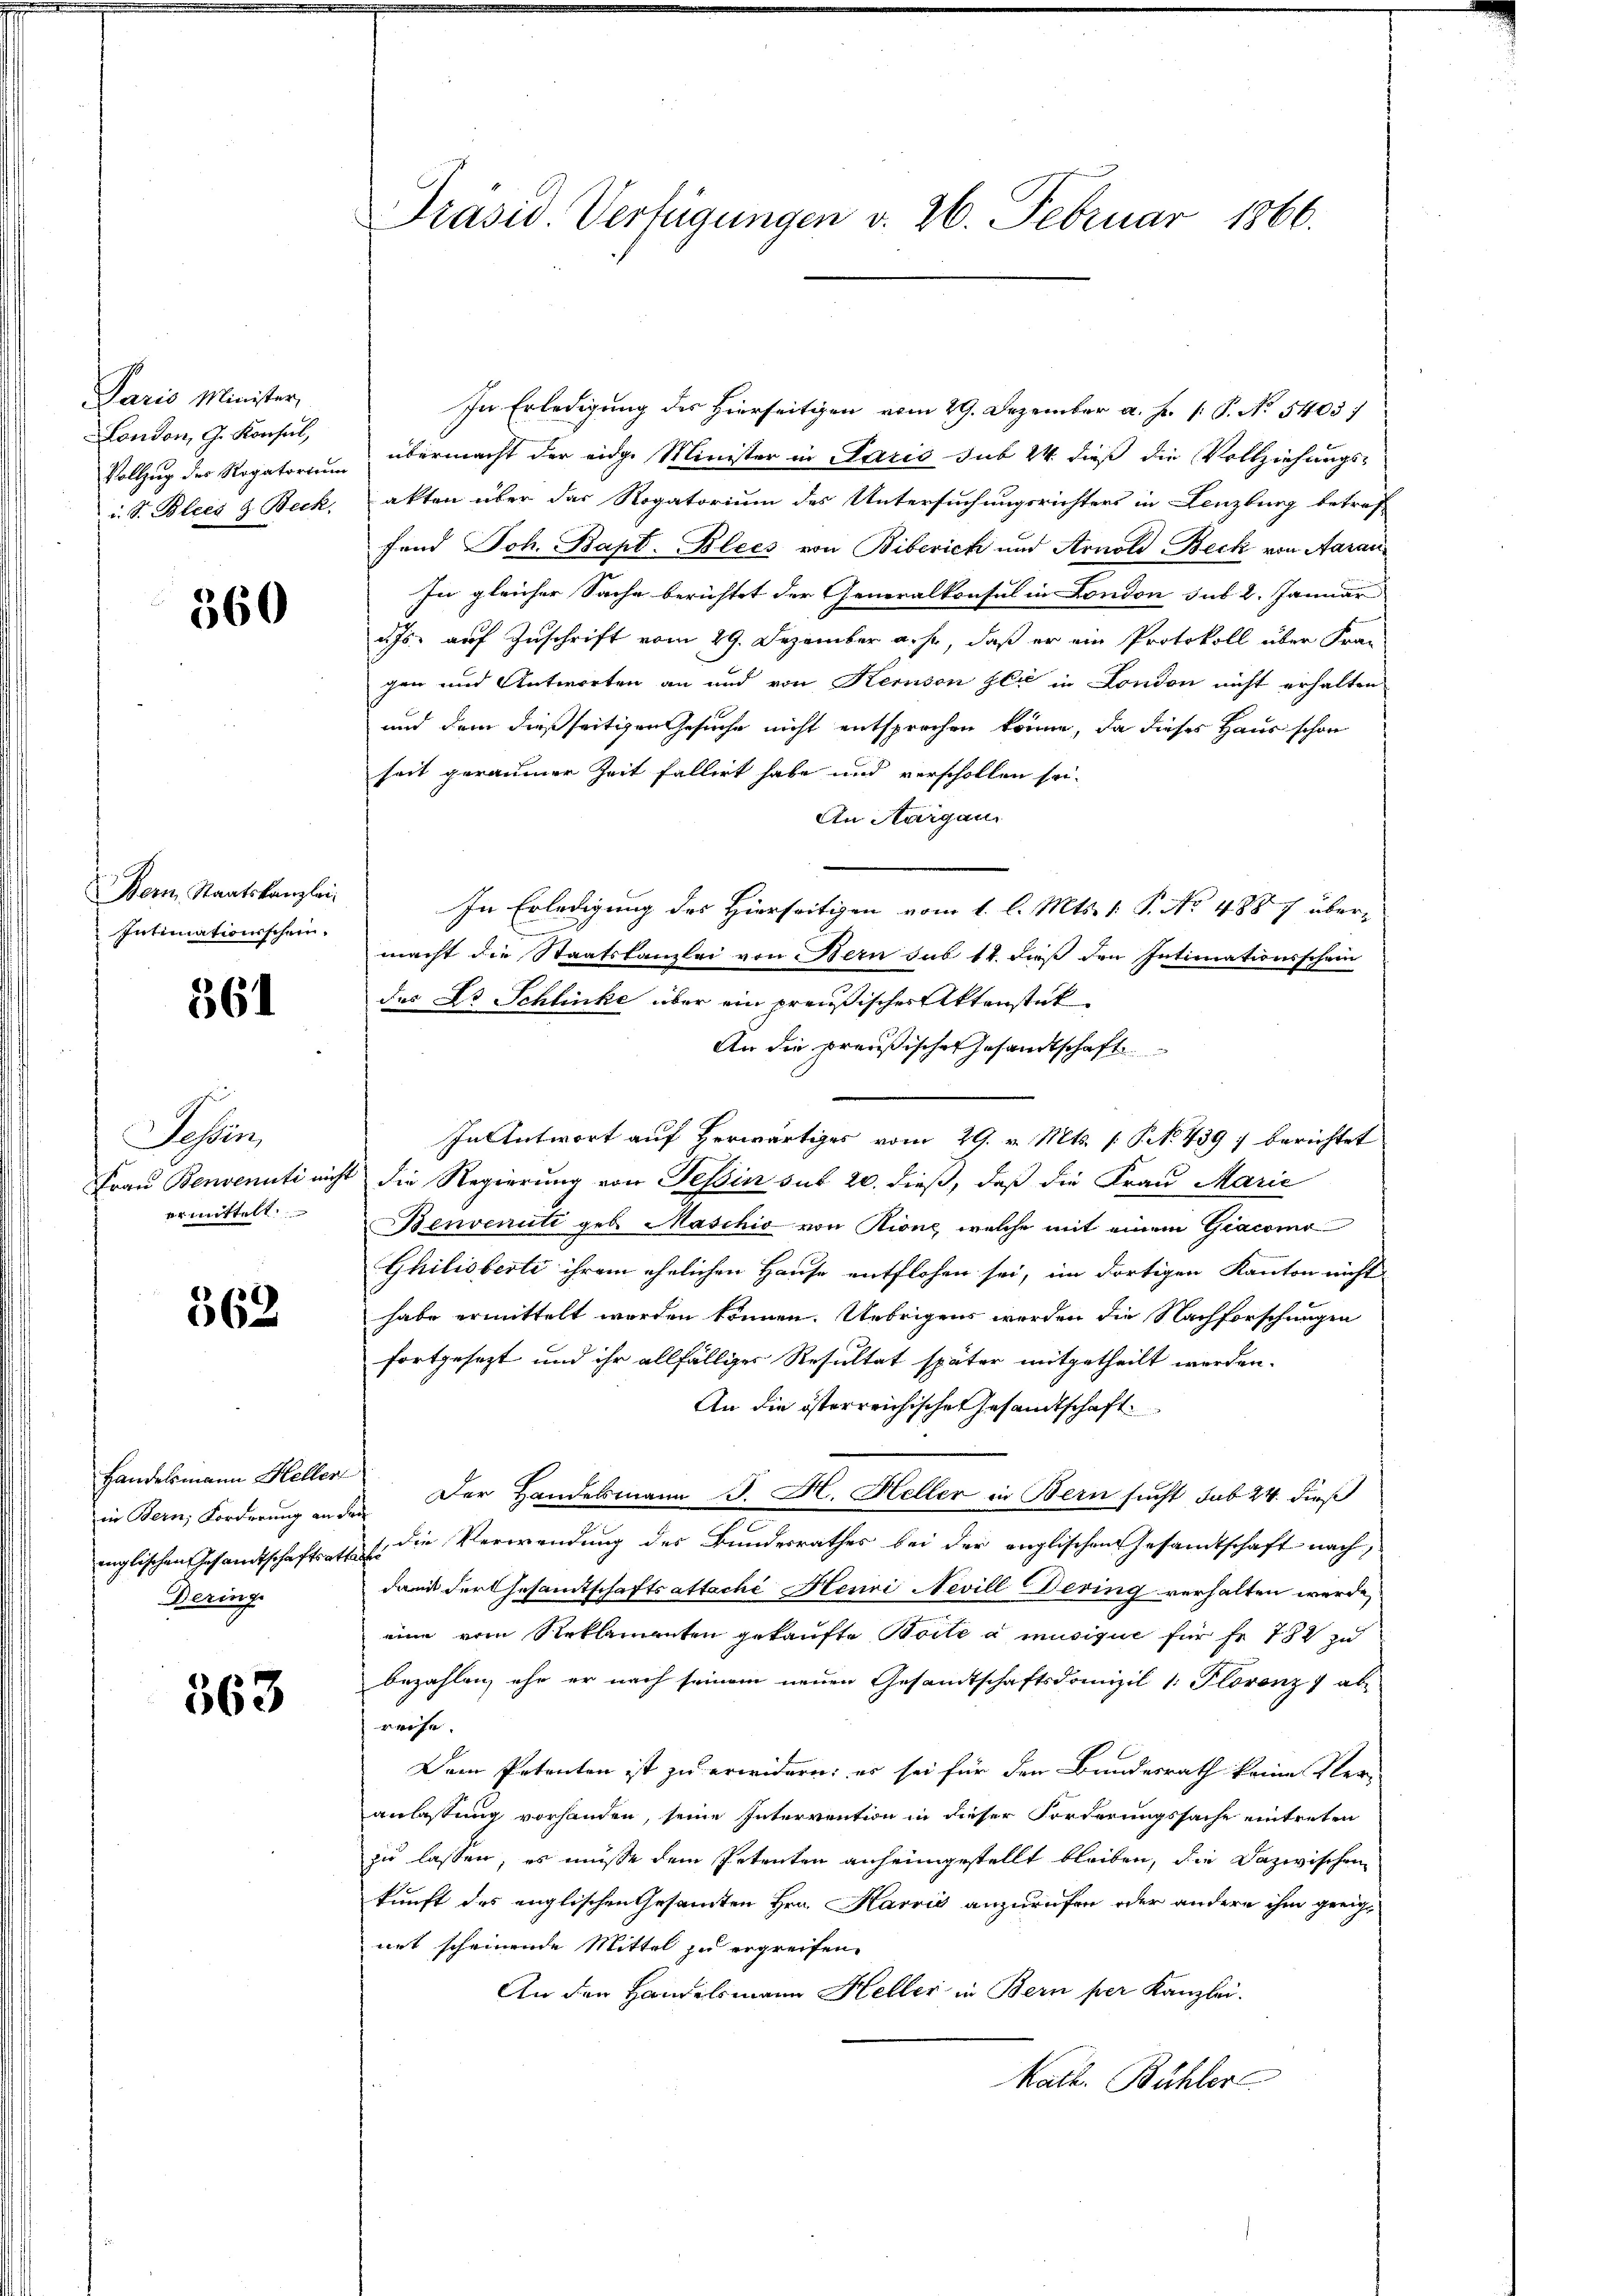
Paris Minister,
London, G. Konsul,
i. S. Blees & Beck.

560

Bern, Staatskanzlei
Intimationsschein.

561

Tessin
Frau Benvenuti nicht
ermittelt.

362

Handelsmann Heller
Deringe

563

Präsid. Verfügungen v. 26. Februar 1866.

In Erledigung des Hierseitigen vom 29. Dezember a. f. 1 P. No. 5403)
Vollzug des Rogatorium übermacht der eidge Minister in Paris sub 24 dieß die Vollziehungs-
akten über das Rogatorium des Untersuchungsrichters in Lenzburg betrof
fand Joh. Bapt. Blees von Biberich und Arnold Beck von Aarau
In gleicher Sache berichtet der Generalkonsul in London sub 2. Januar
d. Js. auf Zuschrift vom 29. Dezember a. f., daß er ein Protokoll über Frau
gen und Antworten an und von Kerson der in London nicht erhalten
und dem dießseitigen Gesuche nicht entsprochen könne, da dieses Haus schon
heit geraumer Zeit fallert habe und verschollen sei.
An Aargau.
In Erledigung des Hierseitigen vom 1. l. Mts. 1. P. No 488 7 über
macht die Staatskanzlei von Bern sub 14. dieß den Intimationsschein
das Dr Schlinke über ein preußischer Aktenstat
An die preußisches Gesandtschaft
In Antwort auf herwärtiges vom 29. v. Mts. S. 439 : berichtet
2 die Regierung von Tessin sub 20. dieß, daß die Frau Marie
Benvenuti geb. Maschio von Rione, welche mit einem Giacomo
Ghilisberte ihrem ehelichen Hause entflohen sei, im dortigen Kanton nicht
habe ermittelt worden können. Uebrigens werden die Nachforschungen
fortgesezt und ihr allfälliger Resultat später mitgetheilt werden.
An die österreichischen Gesandtschaft
in Bern, Forderung an des Der Handelsmann J. H. Heller in Bern sucht sub 24. dieß
englischen Gesandtschaft als die Verwendung des Bundesrathes bei der englischen Gesamtschaft nach,
damit der Gesamtschafts attaché Heuri Nevill Dering verhalten werde,
eine vom Reklamenten gekaufte Borte a musique für Fr. 782 zu
bezahlen, ehe er nach seinem neuen Gesandtschaftsdomizil 1. Florenz ab
reise.
Dem Petenten ist zu erwidern; es sei für den Bundesrath keine Ver-
anlassung vorhanden, seine Intervention in dieser Forderungssache eintreten
zu lassen, es müsse dem Petenten anheimgestellt bleiben, die Dazwischen
kunft des englischen Gesammten Hrn. Karrić anzurufen oder andere ihm geeignet scheinende Mittel zu ergreifen.
An den Handelsmann Heller in Bern per Kanzlei.
Kath. Bühler.